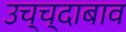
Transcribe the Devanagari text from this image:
उच्च्दाबाव